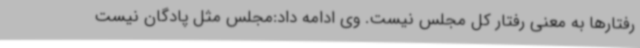
رفتارها به معنی رفتار کل مجلس نیست. وی ادامه داد:مجلس مثل پادگان نیست